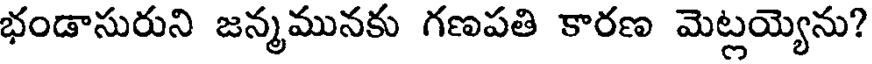
భండాసురుని జన్మమునకు గణపతి కారణ మెట్లయ్యెను?